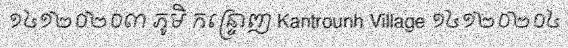
១៤១២០២០៣ ភូមិ កន្ទ្រោញ Kantrounh Village ១៤១២០២០៤